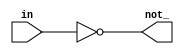
module bitwise_not (
  input in,
  output not_
);

  assign not_ = ~in;
  
endmodule